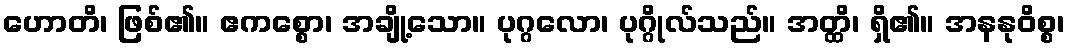
ဟောတိ၊ ဖြစ်၏။ ဧကစ္စော၊ အချို့သော။ ပုဂ္ဂလော၊ ပုဂ္ဂိုလ်သည်။ အတ္ထိ၊ ရှိ၏။ အနနုဝိစ္စ၊